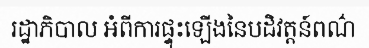
រដ្ឋាភិបាល អំពីការផ្ទុះឡើងនៃបដិវត្តន៍ពណ៌